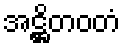
အဋ္ဌိတဝတံ